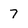
Character: 7